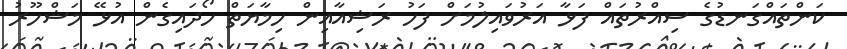
ކަންތައްގަނޑުގެ ސިއްރުތައް ފަޅާ އަރުވައިލުމަށް ފަހު ރަޝިއާއިން ހިމާޔަތް ހޯދައިގެން އުޅޭ މަޝްހޫރު